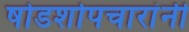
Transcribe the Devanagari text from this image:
षोडशोपचारांनी